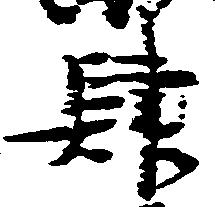
肆